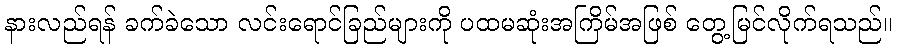
နားလည်ရန် ခက်ခဲသော လင်းရောင်ခြည်များကို ပထမဆုံးအကြိမ်အဖြစ် တွေ့မြင်လိုက်ရသည်။